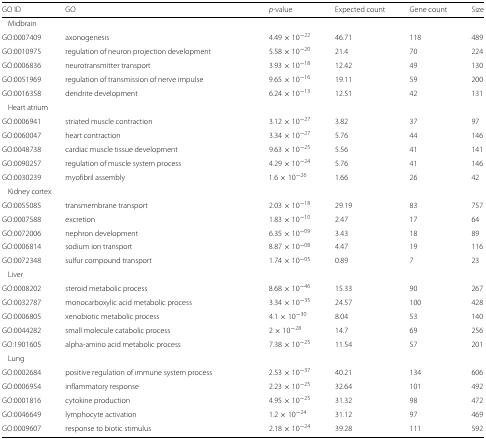
<table><thead><tr><td><b>GO ID</b></td><td><b>GO</b></td><td><b><i>p</i>-value</b></td><td><b>Expected count</b></td><td><b>Gene count</b></td><td><b>Size</b></td></tr></thead><tbody><tr><td colspan="4">Midbrain</td><td colspan="2"></td></tr><tr><td>GO:0007409</td><td>axonogenesis</td><td>4.49×10<sup>−22</sup></td><td>46.71</td><td>118</td><td>489</td></tr><tr><td>GO:0010975</td><td>regulation of neuron projection development</td><td>5.58×10<sup>−20</sup></td><td>21.4</td><td>70</td><td>224</td></tr><tr><td>GO:0006836</td><td>neurotransmitter transport</td><td>3.93×10<sup>−18</sup></td><td>12.42</td><td>49</td><td>130</td></tr><tr><td>GO:0051969</td><td>regulation of transmission of nerve impulse</td><td>9.65×10<sup>−16</sup></td><td>19.11</td><td>59</td><td>200</td></tr><tr><td>GO:0016358</td><td>dendrite development</td><td>6.24×10<sup>−13</sup></td><td>12.51</td><td>42</td><td>131</td></tr><tr><td colspan="4">Heart atrium</td><td colspan="2"></td></tr><tr><td>GO:0006941</td><td>striated muscle contraction</td><td>3.12×10<sup>−27</sup></td><td>3.82</td><td>37</td><td>97</td></tr><tr><td>GO:0060047</td><td>heart contraction</td><td>3.34×10<sup>−27</sup></td><td>5.76</td><td>44</td><td>146</td></tr><tr><td>GO:0048738</td><td>cardiac muscle tissue development</td><td>9.63×10<sup>−25</sup></td><td>5.56</td><td>41</td><td>141</td></tr><tr><td>GO:0090257</td><td>regulation of muscle system process</td><td>4.29×10<sup>−24</sup></td><td>5.76</td><td>41</td><td>146</td></tr><tr><td>GO:0030239</td><td>myofibril assembly</td><td>1.6×10<sup>−26</sup></td><td>1.66</td><td>26</td><td>42</td></tr><tr><td colspan="4">Kidney cortex</td><td colspan="2"></td></tr><tr><td>GO:0055085</td><td>transmembrane transport</td><td>2.03×10<sup>−18</sup></td><td>29.19</td><td>83</td><td>757</td></tr><tr><td>GO:0007588</td><td>excretion</td><td>1.83×10<sup>−10</sup></td><td>2.47</td><td>17</td><td>64</td></tr><tr><td>GO:0072006</td><td>nephron development</td><td>6.35×10<sup>−09</sup></td><td>3.43</td><td>18</td><td>89</td></tr><tr><td>GO:0006814</td><td>sodium ion transport</td><td>8.87×10<sup>−08</sup></td><td>4.47</td><td>19</td><td>116</td></tr><tr><td>GO:0072348</td><td>sulfur compound transport</td><td>1.74×10<sup>−05</sup></td><td>0.89</td><td>7</td><td>23</td></tr><tr><td colspan="4">Liver</td><td colspan="2"></td></tr><tr><td>GO:0008202</td><td>steroid metabolic process</td><td>8.68×10<sup>−46</sup></td><td>15.33</td><td>90</td><td>267</td></tr><tr><td>GO:0032787</td><td>monocarboxylic acid metabolic process</td><td>3.34×10<sup>−35</sup></td><td>24.57</td><td>100</td><td>428</td></tr><tr><td>GO:0006805</td><td>xenobiotic metabolic process</td><td>4.1×10<sup>−30</sup></td><td>8.04</td><td>53</td><td>140</td></tr><tr><td>GO:0044282</td><td>small molecule catabolic process</td><td>2×10<sup>−28</sup></td><td>14.7</td><td>69</td><td>256</td></tr><tr><td>GO:1901605</td><td>alpha-amino acid metabolic process</td><td>7.38×10<sup>−25</sup></td><td>11.54</td><td>57</td><td>201</td></tr><tr><td colspan="4">Lung</td><td colspan="2"></td></tr><tr><td>GO:0002684</td><td>positive regulation of immune system process</td><td>2.53×10<sup>−37</sup></td><td>40.21</td><td>134</td><td>606</td></tr><tr><td>GO:0006954</td><td>inflammatory response</td><td>2.23×10<sup>−25</sup></td><td>32.64</td><td>101</td><td>492</td></tr><tr><td>GO:0001816</td><td>cytokine production</td><td>4.95×10<sup>−25</sup></td><td>31.32</td><td>98</td><td>472</td></tr><tr><td>GO:0046649</td><td>lymphocyte activation</td><td>1.2×10<sup>−24</sup></td><td>31.12</td><td>97</td><td>469</td></tr><tr><td>GO:0009607</td><td>response to biotic stimulus</td><td>2.18×10<sup>−24</sup></td><td>39.28</td><td>111</td><td>592</td></tr></tbody></table>